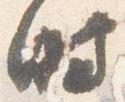
時